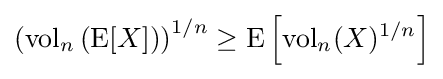
\left(\mathrm {vol} _{n}\left(\mathrm {E} [X]\right)\right)^{1/n}\geq \mathrm {E} \left[\mathrm {vol} _{n}(X)^{1/n}\right]